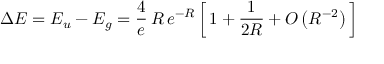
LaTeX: \Delta E = E _ { u } - E _ { g } = { \frac { 4 } { e } } \, R \, e ^ { - R } \left[ \, 1 + { \frac { 1 } { 2 R } } + O \left( R ^ { - 2 } \right) \, \right]